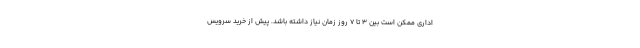
اداری ممکن است بین ۳ تا ۷ روز زمان نیاز داشته باشد. پیش از خرید سرویس